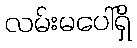
လမ်းမပေါ်ရှိ